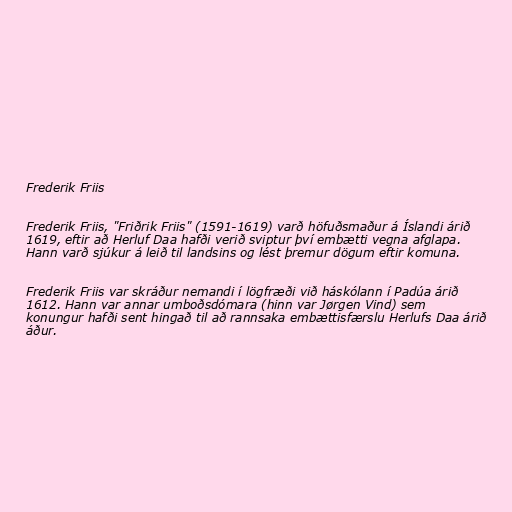
Frederik Friis

Frederik Friis, "Friðrik Friis" (1591-1619) varð höfuðsmaður á Íslandi árið
1619, eftir að Herluf Daa hafði verið sviptur því embætti vegna afglapa.
Hann varð sjúkur á leið til landsins og lést þremur dögum eftir komuna.

Frederik Friis var skráður nemandi í lögfræði við háskólann í Padúa árið
1612. Hann var annar umboðsdómara (hinn var Jørgen Vind) sem
konungur hafði sent hingað til að rannsaka embættisfærslu Herlufs Daa árið
áður.